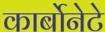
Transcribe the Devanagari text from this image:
कार्बोनेटे